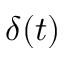
\delta ( t )